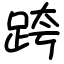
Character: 跨